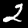
Label: 2